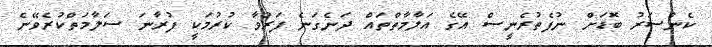
ކެންސަރު ބޮޑަށް ނުފެތުރެނީސް އޭގެ އަލާމާތްތައް ދަނެގަނެ ފަރުވާ ކުރުމަކީ ފުރާނަ ސަލާމަތްކުރެވޭނެ